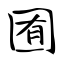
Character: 囿